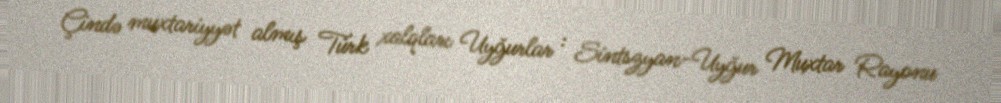
Çində muxtariyyət almış Türk xalqları Uyğurlar : Sintszyan-Uyğur Muxtar Rayonu